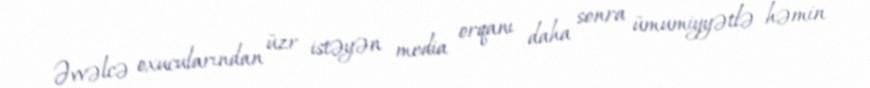
Əvvəlcə oxucularından üzr istəyən media orqanı daha sonra ümumiyyətlə həmin